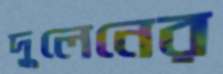
দুলেনের